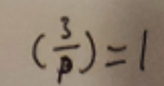
$\left(\frac{3}{p}\right)=1$